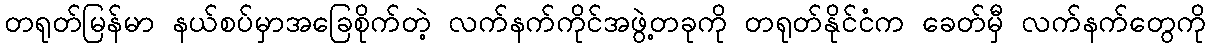
တရုတ်မြန်မာ နယ်စပ်မှာအခြေစိုက်တဲ့ လက်နက်ကိုင်အဖွဲ့တခုကို တရုတ်နိုင်ငံက ခေတ်မှီ လက်နက်တွေကို